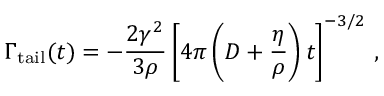
\Gamma _ { \mathrm { t a i l } } ( t ) = - \frac { 2 \gamma ^ { 2 } } { 3 \rho } \left[ 4 \pi \left( D + \frac { \eta } { \rho } \right) t \right] ^ { - 3 / 2 } \, ,